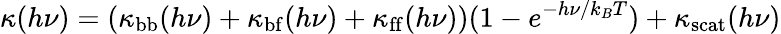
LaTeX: \kappa(h\nu)=(\kappa_{\mathrm{bb}}(h\nu)+\kappa_{\mathrm{bf}}(h\nu)+\kappa_{\mathrm{ff}}(h\nu))(1-e^{-h\nu/k_{B}T})+\kappa_{\mathrm{scat}}(h\nu)